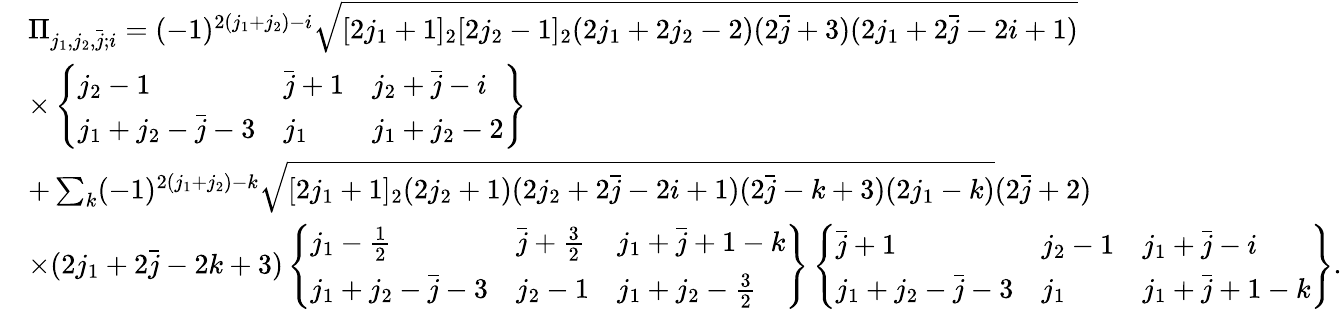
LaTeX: \begin{array}{rl}&{\Pi_{j_{1},j_{2},\bar{j};i}=(-1)^{2(j_{1}+j_{2})-i}\sqrt{[2j_{1}+1]_{2}[2j_{2}-1]_{2}(2j_{1}+2j_{2}-2)(2\bar{j}+3)(2j_{1}+2\bar{j}-2i+1)}}\\ &{\times\left\{ \begin{array}{lll}{j_{2}-1}&{\bar{j}+1}&{j_{2}+\bar{j}-i}\\ {j_{1}+j_{2}-\bar{j}-3}&{j_{1}}&{j_{1}+j_{2}-2}\end{array}\right\} }\\ &{+\sum_{k}(-1)^{2(j_{1}+j_{2})-k}\sqrt{[2j_{1}+1]_{2}(2j_{2}+1)(2j_{2}+2\bar{j}-2i+1)(2\bar{j}-k+3)(2j_{1}-k)}(2\bar{j}+2)}\\ &{\times(2j_{1}+2\bar{j}-2k+3)\left\{ \begin{array}{lll}{j_{1}-\frac{1}{2}}&{\bar{j}+\frac{3}{2}}&{j_{1}+\bar{j}+1-k}\\ {j_{1}+j_{2}-\bar{j}-3}&{j_{2}-1}&{j_{1}+j_{2}-\frac{3}{2}}\end{array}\right\} \left\{ \begin{array}{lll}{\bar{j}+1}&{j_{2}-1}&{j_{1}+\bar{j}-i}\\ {j_{1}+j_{2}-\bar{j}-3}&{j_{1}}&{j_{1}+\bar{j}+1-k}\end{array}\right\} .}\end{array}